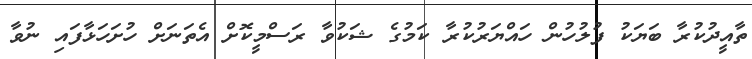
ތާއީދުކުރާ ބަޔަކު ފުލުހުން ހައްޔަރުކުރާ ކަމުގެ ޝަކުވާ ރަސްމީކޮށް އެތަނަށް ހުށަހަޅާފައި ނުވާ